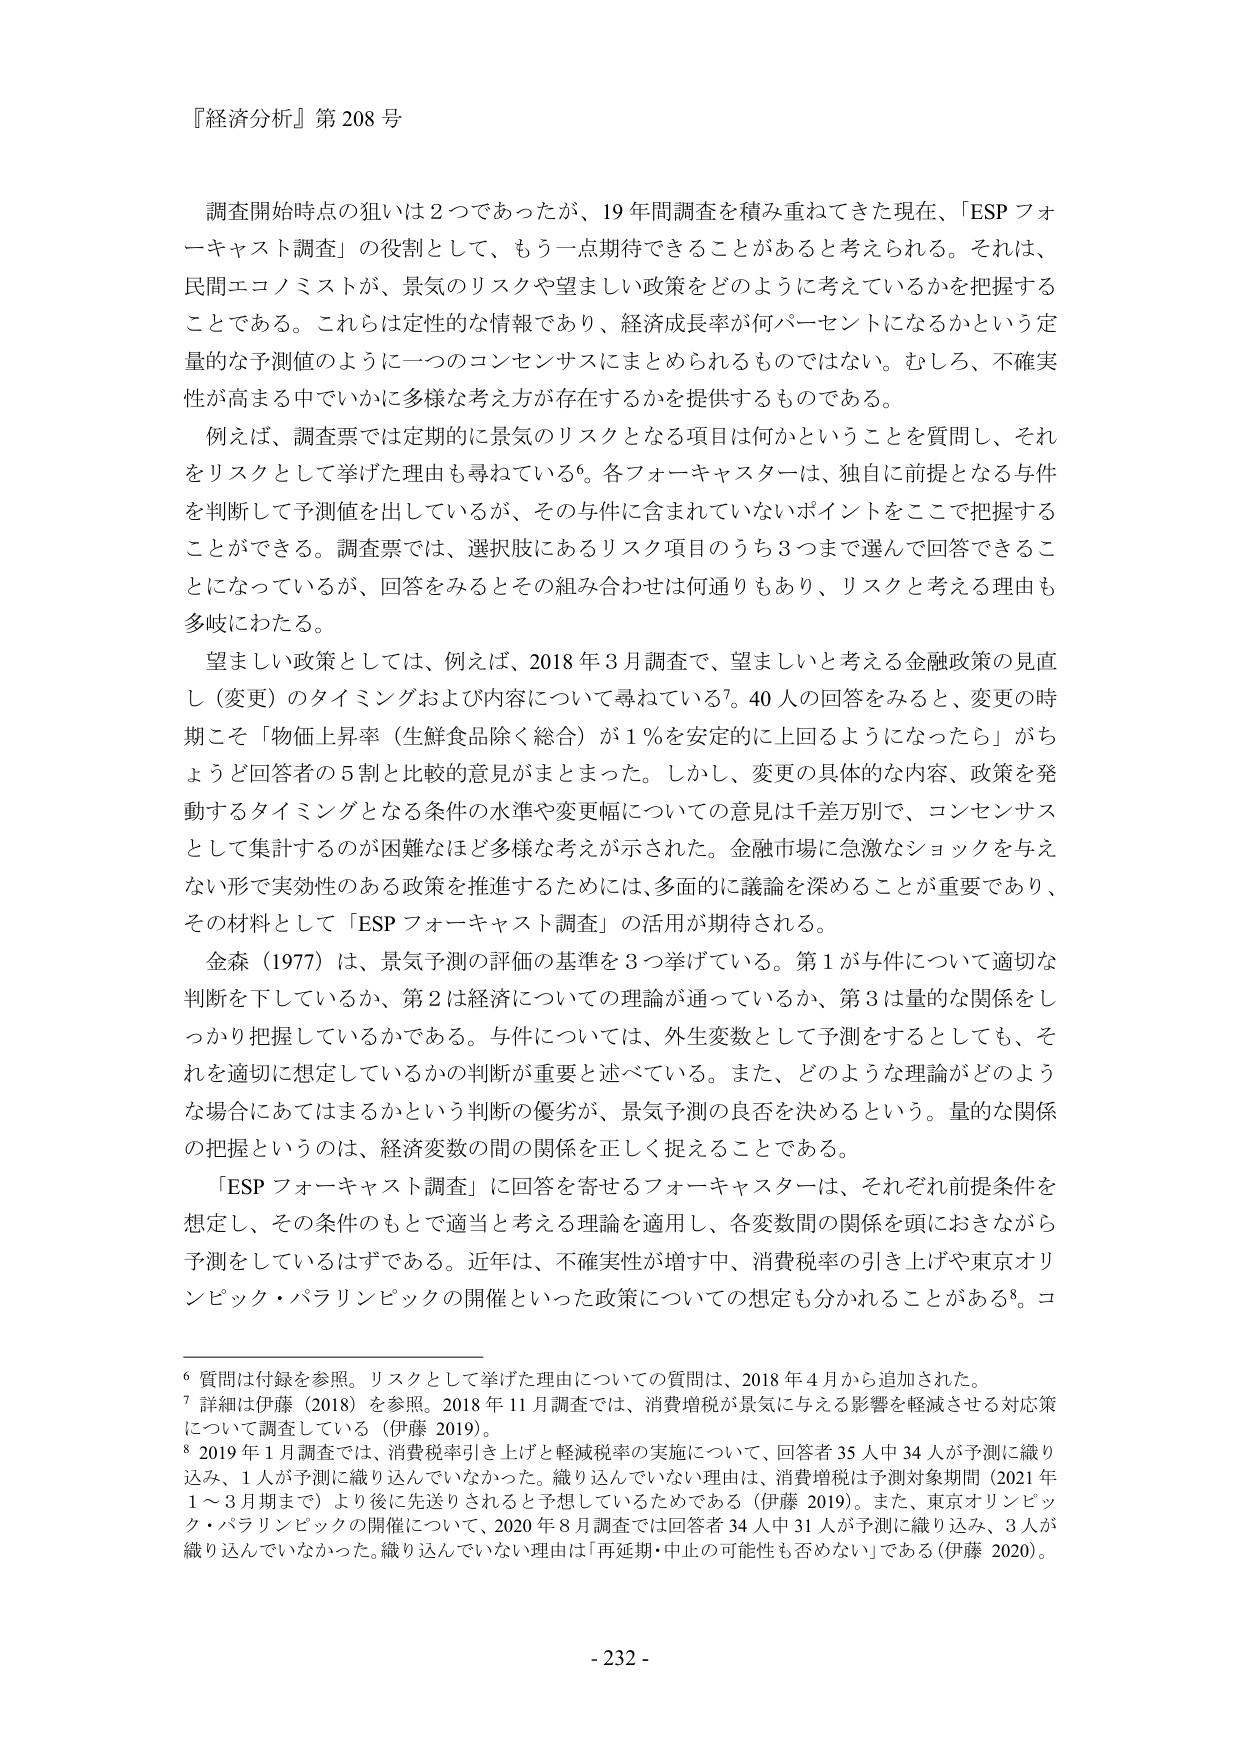
『経済分析』第208号

調査開始時点の狙いは2つであったが、19年間調査を積み重ねてきた現在、「ESPフォーキャスト調査」の役割として、もう一点期待できることがあると考えられる。それは、民間エコノミストが、景気のリスクや望ましい政策をどのように考えているかを把握することである。これらは定性的な情報であり、経済成長率が何パーセントになるかという定量的な予測値のように一つのコンセンサスにまとめられるものではない。むしろ、不確実性が高まる中でいかに多様な考え方が存在するかを提供するものである。

例えば、調査票では定期的に景気のリスクとなる項目は何かということを質問し、それをリスクとして挙げた理由も尋ねている⁶。各フォーキャスターは、独自に前提となる与件を判断して予測値を出しているが、その与件に含まれていないポイントをここで把握することができる。調査票では、選択肢にあるリスク項目のうち3つまで選んで回答できることになっているが、回答をみるとその組み合わせは何通りもあり、リスクと考える理由も多岐にわたる。

望ましい政策としては、例えば、2018年3月調査で、望ましいと考える金融政策の見直し（変更）のタイミングおよび内容について尋ねている⁷。40人の回答をみると、変更の時期こそ「物価上昇率（生鮮食品除く総合）が1％を安定的に上回るようになったら」がちょうど回答者の5割と比較的意見がまとまった。しかし、変更の具体的な内容、政策を発動するタイミングとなる条件の水準や変更幅についての意見は千差万別で、コンセンサスとして集計するのが困難なほど多様な考えが示された。金融市場に急激なショックを与えない形で実効性のある政策を推進するためには、多面的に議論を深めることが重要であり、その材料として「ESPフォーキャスト調査」の活用が期待される。

金森（1977）は、景気予測の評価の基準を3つ挙げている。第1が与件について適切な判断を下しているか、第2は経済についての理論が通っているか、第3は量的な関係をしっかり把握しているかである。与件については、外生変数として予測をするとしても、それを適切に想定しているかの判断が重要と述べている。また、どのような理論がどのような場合にあてはまるかという判断の優劣が、景気予測の良否を決めるという。量的な関係の把握というのは、経済変数の間の関係を正しく捉えることである。

「ESPフォーキャスト調査」に回答を寄せるフォーキャスターは、それぞれ前提条件を想定し、その条件のもとで適当と考える理論を適用し、各変数間の関係を頭におきながら予測をしているはずである。近年は、不確実性が増す中、消費税率の引き上げや東京オリンピック・パラリンピックの開催といった政策についての想定も分かれることがある⁸。コ

⁶ 質問は付録を参照。リスクとして挙げた理由についての質問は、2018年4月から追加された。
⁷ 詳細は伊藤（2018）を参照。2018年11月調査では、消費増税が景気に与える影響を軽減させる対応策について調査している（伊藤 2019）。
⁸ 2019年1月調査では、消費税率引き上げと軽減税率の実施について、回答者35人中34人が予測に織り込み、1人が予測に織り込んでいなかった。織り込んでいない理由は、消費増税は予測対象期間（2021年1～3月期まで）より後に先送りされるとう予想しているためである（伊藤 2019）。また、東京オリンピック・パラリンピックの開催について、2020年8月調査では回答者34人中31人が予測に織り込み、3人が織り込んでいなかった。織り込んでいない理由は「再延期・中止の可能性も否定ない」である（伊藤 2020）。

- 232 -